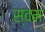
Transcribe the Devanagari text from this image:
स्वम